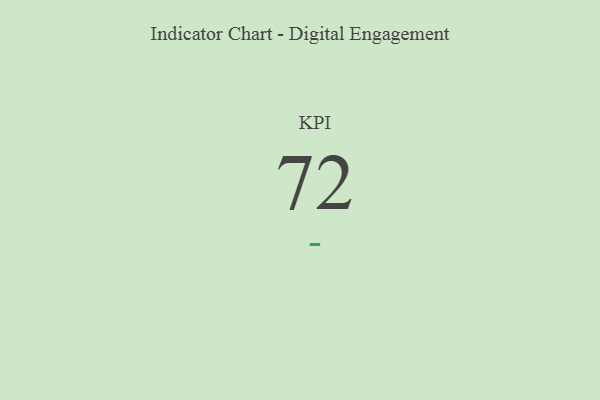
{"axis": {"x": "KPI", "y": "Value"}, "legend": [""], "data": [{"x": "KPI", "y": 72, "type": ""}]}